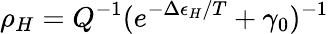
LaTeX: \rho_{H}=Q^{-1}(e^{-\Delta\epsilon_{H}/T}+\gamma_{0})^{-1}